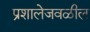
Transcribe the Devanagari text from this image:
प्रशालेजवळील